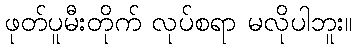
ဖုတ်ပူမီးတိုက် လုပ်စရာ မလိုပါဘူး။